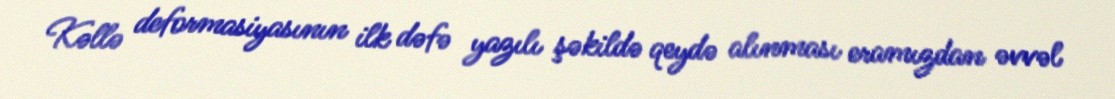
Kəllə deformasiyasının ilk dəfə yazılı şəkildə qeydə alınması eramızdan əvvəl